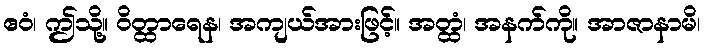
ဧဝံ၊ ဤသို့။ ဝိတ္ထာရေန၊ အကျယ်အားဖြင့်။ အတ္ထံ၊ အနက်ကို။ အာဇာနာမိ၊